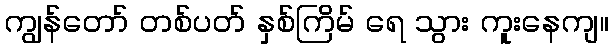
ကျွန်တော် တစ်ပတ် နှစ်ကြိမ် ရေ သွား ကူးနေကျ။